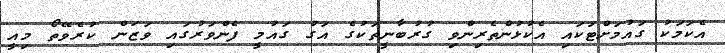
އެކަމަކު ގައުމަށްޓަކައި އެކުޅުންތެރިންވި ގުރުބާނީތަކުގެ އަގު ގައުމީ ފެންވަރުގައި ވަޒަން ކުރެވޭތޯ މިއީ